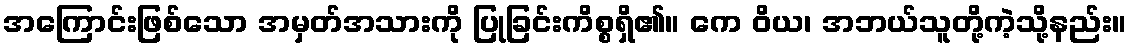
အကြောင်းဖြစ်သော အမှတ်အသားကို ပြုခြင်းကိစ္စရှိ၏။ ကေ ဝိယ၊ အဘယ်သူတို့ကဲ့သို့နည်း။